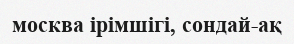
москва ірімшігі, сондай-ақ